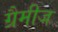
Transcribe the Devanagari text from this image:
ग्रैमीज